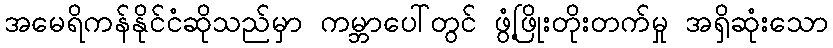
အမေရိကန်နိုင်ငံဆိုသည်မှာ ကမ္ဘာပေါ်တွင် ဖွံ့ဖြိုးတိုးတက်မှု အရှိဆုံးသော